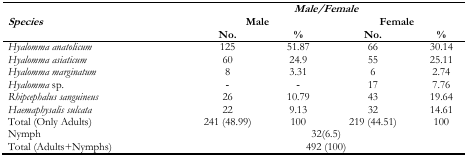
<table><thead><tr><td rowspan="3"><b><i>Species</i></b></td><td colspan="4"><b><i>Male/Female</i></b></td></tr><tr><td colspan="2"><b>Male</b></td><td colspan="2"><b>Female</b></td></tr><tr><td><b>No.</b></td><td><b>%</b></td><td><b>No.</b></td><td><b>%</b></td></tr></thead><tbody><tr><td><i>Hyalomma anatolicum</i></td><td>125</td><td>51.87</td><td>66</td><td>30.14</td></tr><tr><td><i>Hyalomma asiaticum</i></td><td>60</td><td>24.9</td><td>55</td><td>25.11</td></tr><tr><td><i>Hyalomma marginatum</i></td><td>8</td><td>3.31</td><td>6</td><td>2.74</td></tr><tr><td><i>Hyalomma</i> sp.</td><td>-</td><td>-</td><td>17</td><td>7.76</td></tr><tr><td><i>Rhipcephalus sanguineus</i></td><td>26</td><td>10.79</td><td>43</td><td>19.64</td></tr><tr><td><i>Haemaphysalis sulcata</i></td><td>22</td><td>9.13</td><td>32</td><td>14.61</td></tr><tr><td>Total (Only Adults)</td><td>241 (48.99)</td><td>100</td><td>219 (44.51)</td><td>100</td></tr><tr><td>Nymph</td><td colspan="4">32(6.5)</td></tr><tr><td>Total (Adults+Nymphs)</td><td colspan="4">492 (100)</td></tr></tbody></table>